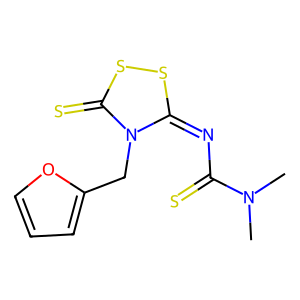
SMILES: CN(C)C(=S)N=c1ssc(=S)n1Cc1ccco1
Inhibits HIV replication: No